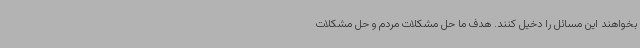
بخواهند این مسائل را دخیل کنند. هدف ما حل مشکلات مردم و حل مشکلات